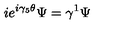
i e ^ { i \gamma _ { 5 } \theta } \Psi = \gamma ^ { 1 } \Psi